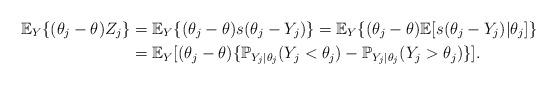
LaTeX: \begin{align*} \mathbb{E}_Y\{(\theta_j - \theta)Z_j\} & = \mathbb{E}_{Y} \{(\theta_j - \theta)s(\theta_j - Y_j)\} = \mathbb{E}_Y \{(\theta_j - \theta) \mathbb{E}[ s(\theta_j - Y_j)| \theta_j]\} \\ & = \mathbb{E}_Y[(\theta_j - \theta) \{\mathbb{P}_{Y_j|\theta_j}(Y_j < \theta_j) - \mathbb{P}_{Y_j|\theta_j} (Y_j > \theta_j)\}].\end{align*}